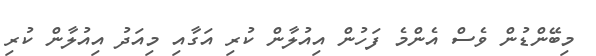
މިބޭންޑުން ވެސް އެންމެ ފަހުން އިއުލާން ކުރި އަގާއި މިއަދު އިއުލާން ކުރި